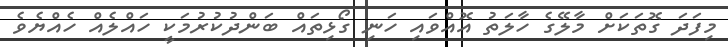
މިފަދަ ގޮތަކަށް މާލޭގެ ހާލަތު އޮއްވައި ހަނި ގޯޅިތައް ބަންދުކުރުމަކީ ހައްލެއް ހެއްޔެވެ